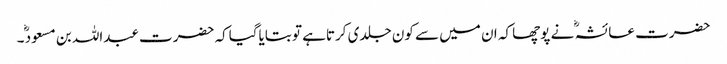
حضرت عائشہ ؓ نے پوچھا کہ ان میں سے کون جلدی کرتاہے تو بتایاگیاکہ حضرت عبداللہ بن مسعود ؓ۔